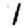
Digit: 1